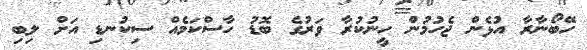
ހޭބޯނާރާ އުޅެން ޖެހުމުން ހީނުކުރާ ވަރުގެ ބޮޑު ހާސްކަމެއް ސިކުނޑި އަށް ލިބި